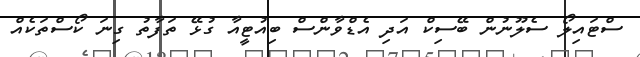
ސްޓައިލޯ ސެލޫނުން ބޭސިކް އަދި އެޑްވާންސް ބިއުޓީއާ ގުޅޭ ތަފާތު ގިނަ ކޯސްތަކެއް